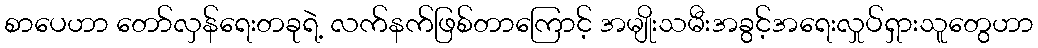
စာပေဟာ တော်လှန်ရေးတခုရဲ့ လက်နက်ဖြစ်တာကြောင့် အမျိုးသမီးအခွင့်အရေးလှုပ်ရှားသူတွေဟာ